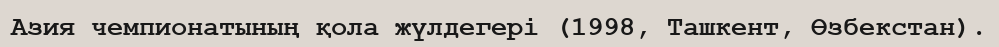
Азия чемпионатының қола жүлдегері (1998, Ташкент, Өзбекстан).